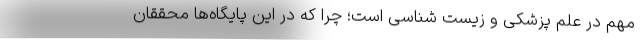
مهم در علم پزشکی و زیست شناسی است؛ چرا که در این پایگاه‌ها محققان